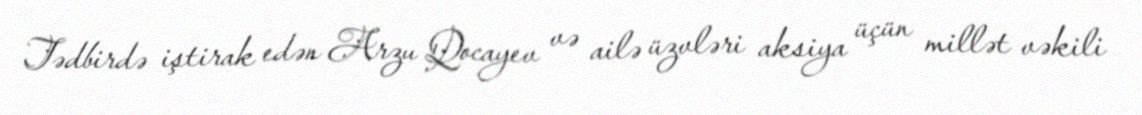
Tədbirdə iştirak edən Arzu Qocayev və ailə üzvləri aksiya üçün millət vəkili